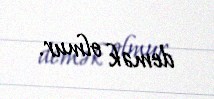
demək olmur.